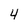
Character: 4